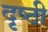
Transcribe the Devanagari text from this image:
दृष्ठी